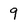
Character: 9